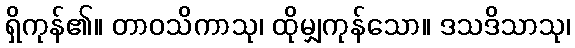
ရှိကုန်၏။ တာဝသိကာသု၊ ထိုမျှကုန်သော။ ဒသဒိသာသု၊